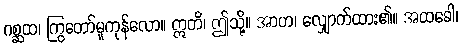
ဂစ္ဆထ၊ ကြွတော်မူကုန်လော။ ဣတိ၊ ဤသို့။ အာဟ၊ လျှောက်ထား၏။ အထခေါ၊